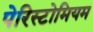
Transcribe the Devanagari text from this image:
पेरिस्टोमियम